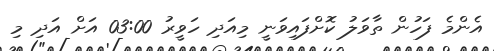
އެންމެ ފަހުން ތާވަލު ކޮށްފައިވަނީ މިއަދި ހަވީރު 03:00 އަށް އަދި މި